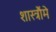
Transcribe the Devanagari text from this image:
शास्त्रौंमे